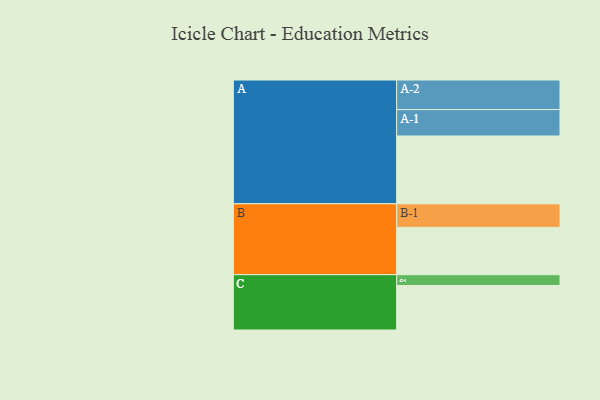
{"axis": {"x": "Segment", "y": "Value"}, "legend": ["", "A", "B", "C"], "data": [{"x": "A", "y": 509, "type": ""}, {"x": "B", "y": 355, "type": ""}, {"x": "C", "y": 334, "type": ""}, {"x": "A-1", "y": 198, "type": "A"}, {"x": "A-2", "y": 222, "type": "A"}, {"x": "B-1", "y": 177, "type": "B"}, {"x": "C-1", "y": 81, "type": "C"}]}